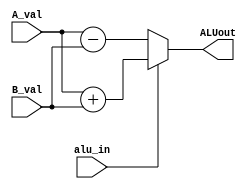
module ALU_unit(alu_in,A_val, B_val, ALUout);
	//input
	input wire alu_in;
	input wire [8:0]A_val, B_val;  
	//output
	output wire [8:0]ALUout;
	
	parameter	SUB = 1'b0,
					ADD = 1'b1;
	//output assigments
	assign ALUout = (alu_in == ADD)? A_val + B_val: A_val - B_val;

endmodule